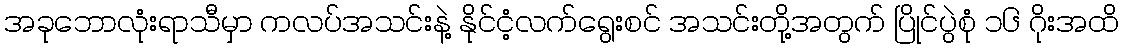
အခုဘောလုံးရာသီမှာ ကလပ်အသင်းနဲ့ နိုင်ငံ့လက်ရွေးစင် အသင်းတို့အတွက် ပြိုင်ပွဲစုံ ၁၆ ဂိုးအထိ